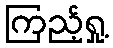
ကြည့်ရှု့